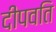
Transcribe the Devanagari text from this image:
दीपवति